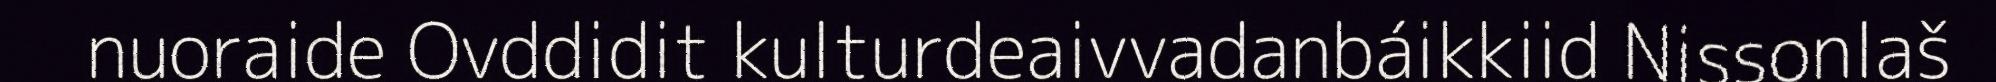
nuoraide Ovddidit kulturdeaivvadanbáikkiid Nissonlaš